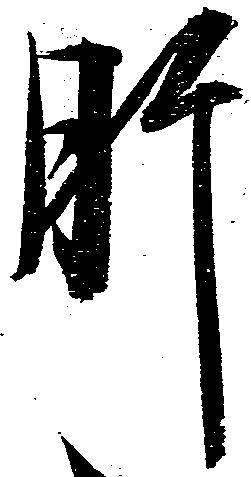
肝